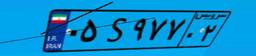
۵۰S۷۵۷۳۸